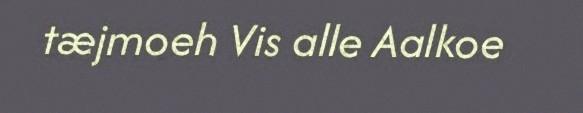
tæjmoeh Vis alle Aalkoe